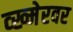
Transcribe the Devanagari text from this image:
व्ख्मेरवर